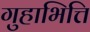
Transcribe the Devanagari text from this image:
गुहाभित्ति